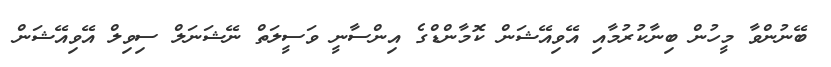
ބޭނުންވާ މީހުން ބިނާކުރުމާއި އޭވިއޭޝަން ކޮމާންޑްގެ އިންސާނީ ވަސީލަތް ނޭޝަނަލް ސިވިލް އޭވިއޭޝަން